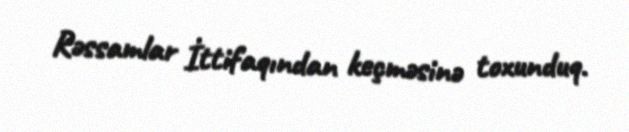
Rəssamlar İttifaqından keçməsinə toxunduq.